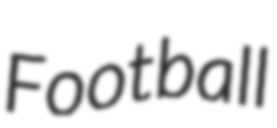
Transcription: Football